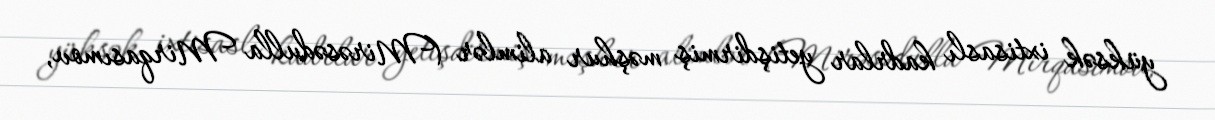
yüksək ixtisaslı kadrlar yetişdirmiş məşhur alimlər (Mirəsədulla Mirqasımov,